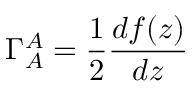
\Gamma _ { A } ^ { A } = \frac { 1 } { 2 } \frac { d f ( z ) } { d z }